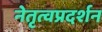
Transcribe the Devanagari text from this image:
नेतृत्वप्रदर्शन